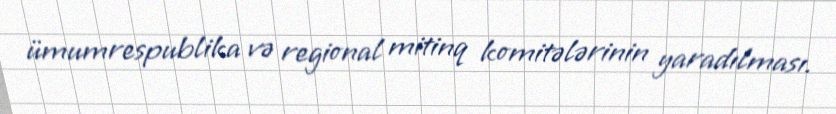
ümumrespublika və regional mitinq komitələrinin yaradılması.